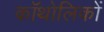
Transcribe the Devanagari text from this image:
कॉथोलिकों